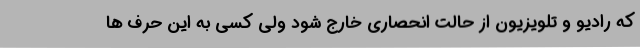
که رادیو و تلویزیون از حالت انحصاری خارج شود ولی کسی به این حرف ها